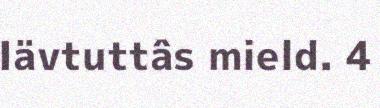
Iävtuttâs mield. 4